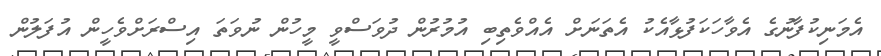
އެމަނިކުފާނުގެ އެވާހަކަފުޅާއެކު އެތަނަށް އެއްވެތިބި އުމުރުން ދުވަސްވީ މީހުން ނުވަތަ އިސްރަށްވެހީން އުފަލުން